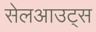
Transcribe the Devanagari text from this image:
सेलआउट्स